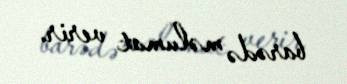
barədə məlumat verir.